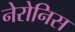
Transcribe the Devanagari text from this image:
नेरोनिस